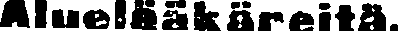
Aluelääkäreitä.